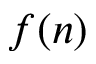
f ( n )